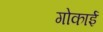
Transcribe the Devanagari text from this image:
गोकाई